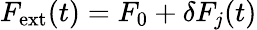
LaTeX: F_{\mathrm{ext}}(t)=F_{0}+\delta F_{j}(t)